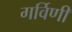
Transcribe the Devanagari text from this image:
गर्विणी